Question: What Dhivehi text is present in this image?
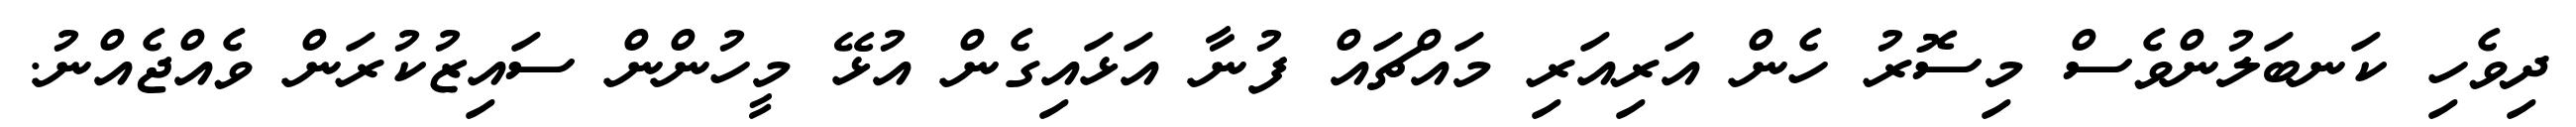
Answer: ދިވެހި ކަނބަލުންވެސް މިސޮރު ހެން އަރިއަރި މައްޗައް ފުނާ އަޅައިގެން އުޅޭ މީހުންން ސައިޒުކުރަން ވެއްޖެއްނު.